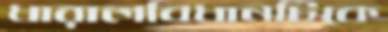
ধারালবিধানটিকে